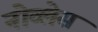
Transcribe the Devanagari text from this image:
नोव्लेस